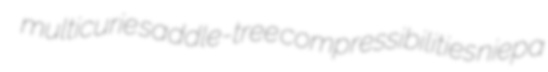
multicurie saddle-tree compressibilities niepa